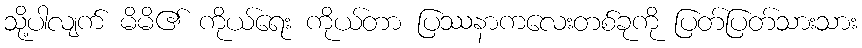
သို့ပါလျက် မိမိ၏ ကိုယ်ရေး ကိုယ်တာ ပြဿနာကလေးတစ်ခုကို ပြတ်ပြတ်သားသား